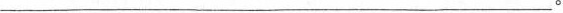
___。